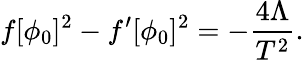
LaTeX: f[\phi_{0}]^{2}-f^{\prime}[\phi_{0}]^{2}=-\frac{4\Lambda}{T^{2}}.